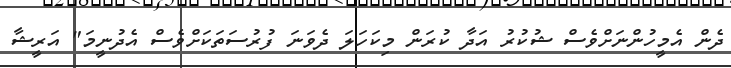
ދެން އެމީހުންނަށްވެސް ޝުކުރު އަދާ ކުރަން މިކަހަލަ ދެވަނަ ފުރުސަތަކަށްވެސް އެދުނީމަ" އަރީޝާ